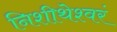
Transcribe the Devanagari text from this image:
निशीथेश्वरं